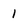
Character: 1